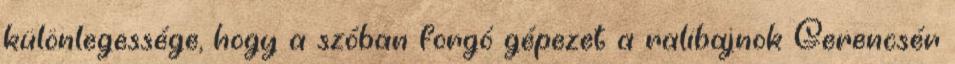
különlegessége, hogy a szóban forgó gépezet a ralibajnok Gerencsér